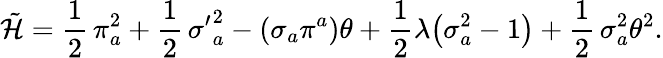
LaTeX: \tilde{\cal H}=\frac{1}{2}\, \pi_{a}^{2}+\frac{1}{2}\, {\sigma^{\prime}}_{a}^{2}-(\sigma_{a}\pi^{a})\theta+\frac{1}{2}\lambda\bigl(\sigma_{a}^{2}-1\bigr)+\frac{1}{2}\, \sigma_{a}^{2}\theta^{2}.